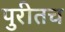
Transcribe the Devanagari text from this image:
पुरीतच